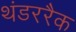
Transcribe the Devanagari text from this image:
थंडररैक